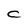
Character: c